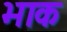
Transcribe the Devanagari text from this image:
भाक